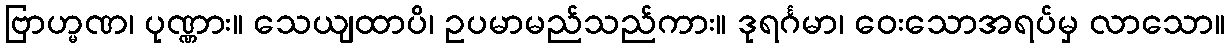
ဗြာဟ္မဏ၊ ပုဏ္ဏား။ သေယျထာပိ၊ ဥပမာမည်သည်ကား။ ဒုရင်္ဂမာ၊ ဝေးသောအရပ်မှ လာသော။